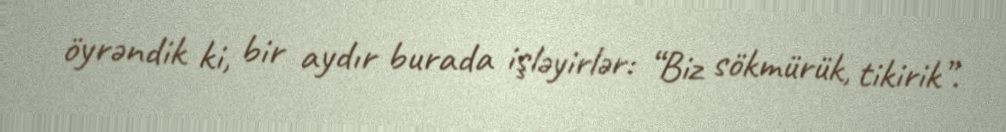
öyrəndik ki, bir aydır burada işləyirlər: “Biz sökmürük, tikirik”.